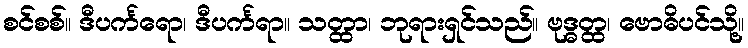
စင်စစ်။ ဒီပင်္ကရော၊ ဒီပင်္ကရာ။ သတ္ထာ၊ ဘုရားရှင်သည်။ ဗုဒ္ဓတ္ထ၊ ဗောဓိပင်သို့။